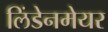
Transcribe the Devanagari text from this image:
लिंडेनमेयर